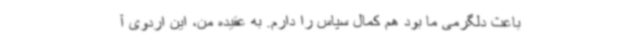
باعث دلگرمی ما بود هم کمال سپاس را دارم. به عقیده من، این اردوی آ